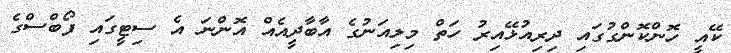
ކޭއީ ހޮންކޮންގުގައި ދިރިއުޅޭއިރު ހަތް މިލިއަނުގެ އާބާދީއެއް އޮންނަ އެ ސިޓީގައި ފޯބްސްގެ